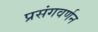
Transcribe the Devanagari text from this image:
प्रसंगवर्णन